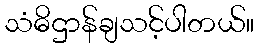
သံဓိဌာန်ချသင့်ပါတယ်။